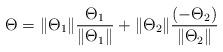
LaTeX: \begin{align*}\Theta=\|\Theta_1\| \frac{\Theta_1}{\|\Theta_1\|}+\|\Theta_2\| \frac{(-\Theta_2)}{\|\Theta_2\|}\end{align*}